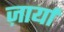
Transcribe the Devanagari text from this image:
ज़ार्या